Memorandum on the prevention of leprosy by segregation of the affected
Disease focus: Leprosy
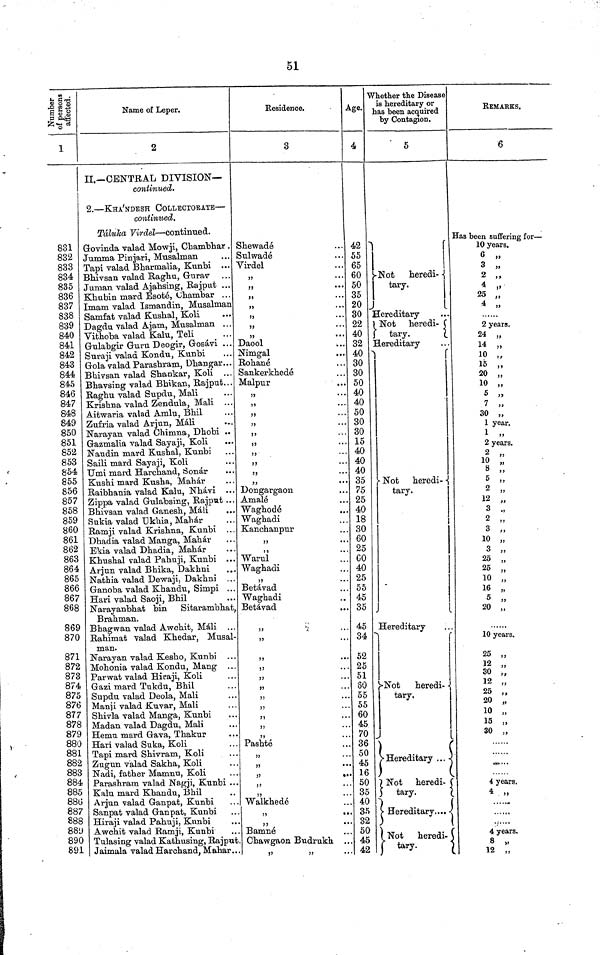
51
Number of
persons
affected.
1
831
832
833
834
835
836
837
838
839
840
841
842
843
844
845
846
847
848
849
850
851
852
853
854
855
856
857
858
859
860
861
862
863
864
865
866
867
868
869
870
871
872
873
874
875
876
877
878
879
880
881
882
883
884
885
886
887
888
889
890
891
Name of Leper,
2
II.— CENTRAL DIVISION—
continued.
2. — KHA'NDESH COLLECTORATE —
continued.
Táluka Virdel — continued.
Govinda valad Mowji, Chambhar .
Jumma Pinjari, Musalman
Tapi valad Bharmalia, Kunbi ...
Bhivsan valad Raghu, Gurav
Juman valad Ajahsing, Rajput ...
Khubin mard Esoté, (Chambar . . .
Imam valad Ismandin, Musalman
Samfat valad Kushal, Koli
Dagdu valad Ajam, Musalman ...
Vithoba valad Kalu, Teli
_ ...
Gulabgir Guru Deogir, Gosávi ...
Suraji valad Kondu, Kunbi
Gola valad Parashram, Dhangar...
Bhivsan valad Shankar, Koli ...
Bhavsing valad Bhikan, Rajput...
Raghu valad Supdu, Mali
Krishna valad Zendula, Mali ...
Aitwaria valad Amlu, Bhil
Zufria valad Arjun, Máli
_ ...
Narayan valad Chimna, Dhobi ..
Gazmalia valad Sayaji, Koli
Naudin mard Kushal, Kunbi
Saili mard Sayaji, Koli
Umi mard Harchand, Sonar
Kushi mard Kusba, Mahár
Raibbania valad Kalu, Nhavi
Zippa valad Gulabsing, Rajput ...
Bhivsan valad Ganesh, Mali
Sukia valad Ukbia, Mahár
Ramji valad Krishna, Kunbi ...
Dhadia valad Manga, Mahár
Ekia valad Dhadia, Mahár
Khushal valad Pahuji, Kunbi ...
Arjun valad Bhika, Dakbni
Natbia valad Dewaji, Dakbni
Ganoba valad Khandu, Simpi . . .
Hari valad Saoji, Bhil
Narayanbhat bin
Sitarambhat,
Brahman.
Bhagwan valad Awchit, Máli
Rahimat valad Khedar, Musal-
man.
Narayan valad Kesho, Kunbi . . .
Mohonia valad Kondu, Mang ...
Parwat valad Hiraji, Koli
Gazi mard Tukdu, Bhil
Supdu valad Deola, Mali
Manji valad Kuvar, Mali
Shivla valad Manga, Kunbi
Madan valad Dagdu, Mali
Hemu mard Gava, Thakur
Hari valad Suka, Koli
Tapi mard Shivram, Koli
Zugun valad Sakha, Koli
Nadi, father Mamnu, Koli
Parashram valad Nagji, Kunbi ...
Kalu mard Khandu, Bhil
Arjun valad Ganpat, Kunbi
Sanpat valad Ganpat, Kunbi
Hiraji valad Pahuji, Kiinbi
Awchit valad Ramji, Kunbi
Tulasing valad Kathusing, Rajput.
Jaimala valad Harchand, Mahar...
Residence.
3
Shewadé
Sulwadé
Virdel
,,
...
,,
,,
...
,,
..
,,
,,
,,
...
Daool
Nimgal
Rohané
Sankerkhedé
Malpur
,,
,,
...
,,
,,
...
,,
)
...
,,
,,
}
...
,,
Dongargaon
Amalé
Waghodé
Waghadi
Kanchanpur
,,
...
,,
...
Warul
Waghadi
,,
...
Betávad
Waghadi
Betávad
99
...
,,
,,
...
99
,,
...
J9
99
...
55
,,
...
95
..
,,
...
Pashté
,,
99
...
99
99
,,
...
Walkhedé
,,
9
Bamné
Chawgaon Budrukh ...
,,
,,
Age.
Age.
4
42
55
65
60
50
35
20
30
22
40
32
40
30
30
50
40
40
50
30
30
15
40
40
40
35
75
25
40
18
30
60
25
CO
40
25
55
45
35
45
34
52
25
51
80
55
55
60
45
70
36
50
45
16
50
35
40
35
32
50
45
42
Whether the Disease
is hereditary or
has been acquired
by Contagion.
5
Not
heredi- \
tary.
Hereditary
Not heredi-
tary.
Hereditary
Not heredi-
tary.
i
Hereditary
Not
heredi-
tary.
Hereditary
..
)
Not heredi-
tary.
Hereditary....
Not heredi-
tary.
REMARKS.
6
Has been suffering for —
10 years.
6 „
3 .,
2 ,,
4
25
4 „
,,
2 years.
24 24,,
14 „
10
15
20 30
,,
10
5
7
20 ,
1 year.
1
2 years.
2
10 ,,
8 ,,
5 „
2 ,,
12 ,,
3 .
2 ,
3
10 ,
3 ,,,
25
25 , 3
10 16
16
5
20 ,
10 years.
25 „
12 „
30 „
12 „
25 „
20 „
10 „
15 „
30 „
4 years.
4
4 years.
8
12 „